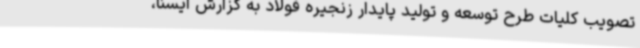
تصویب کلیات طرح توسعه و تولید پایدار زنجیره فولاد به گزارش ایسنا،